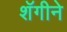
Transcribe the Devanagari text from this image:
शॅगीने